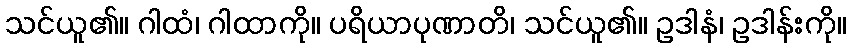
သင်ယူ၏။ ဂါထံ၊ ဂါထာကို။ ပရိယာပုဏာတိ၊ သင်ယူ၏။ ဥဒါနံ၊ ဥဒါန်းကို။